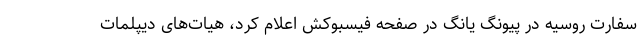
سفارت روسیه در پیونگ یانگ در صفحه فیسبوکش اعلام کرد، هیات‌های دیپلمات